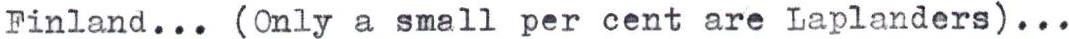
Finland... (Only a small per cent are Laplanders)...